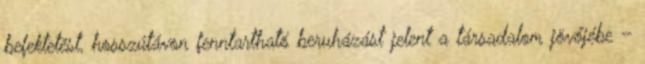
befektetést, hosszútávon fenntartható beruházást jelent a társadalom jövőjébe –